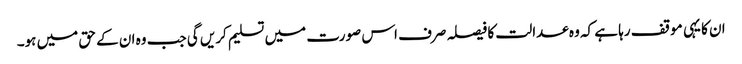
ان کا یہی موقف رہا ہے کہ وہ عدالت کا فیصلہ صرف اس صورت میں تسلیم کریں گی جب وہ ان کے حق میں ہو۔